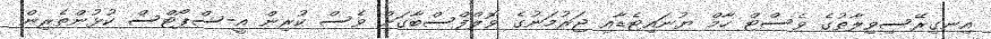
އިނގިރޭސިވިލާތުގެ ވެސްޓް ހާމް ޔުނައިޓެޑާއި ޖަރުމަނުގެ ވޮލްފްސްބާގަށް ވެސް ކުރިން އީ-ސްޕޯޓްސް ކުޅުންތެރިން